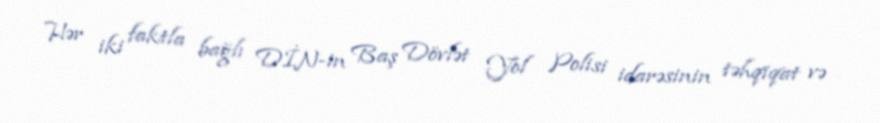
Hər iki faktla bağlı DİN-in Baş Dövlət Yol Polisi idarəsinin təhqiqat və